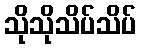
သိုသိုသိပ်သိပ်